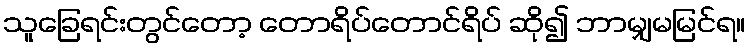
သူခြေရင်းတွင်တော့ တောရိပ်တောင်ရိပ် ဆို၍ ဘာမျှမမြင်ရ။